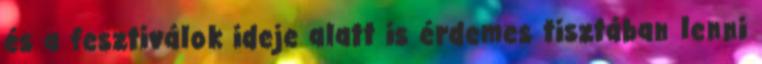
és a fesztiválok ideje alatt is érdemes tisztában lenni